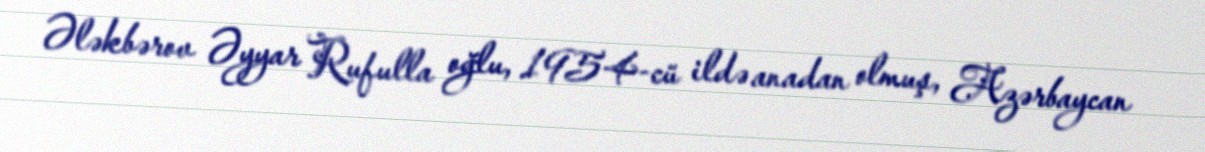
Ələkbərov Əyyar Rufulla oğlu, 1954-cü ildə anadan olmuş, Azərbaycan